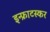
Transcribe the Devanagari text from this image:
इन्फ्राटस्कर